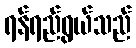
ရန်ရည်ရွယ်သည်